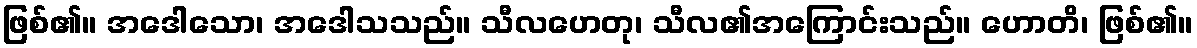
ဖြစ်၏။ အဒေါသော၊ အဒေါသသည်။ သီလဟေတု၊ သီလ၏အကြောင်းသည်။ ဟောတိ၊ ဖြစ်၏။